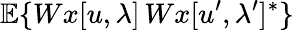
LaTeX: {\mathbb E}\{ Wx[u,\lambda]\, Wx[u^{\prime},\lambda^{\prime}]^{*}\}